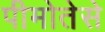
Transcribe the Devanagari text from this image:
पीमोतेसे